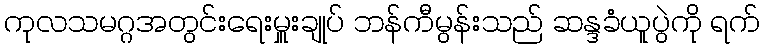
ကုလသမဂ္ဂအတွင်းရေးမှူးချုပ် ဘန်ကီမွန်းသည် ဆန္ဒခံယူပွဲကို ရက်